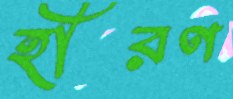
হীরণ